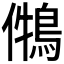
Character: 𪁃